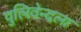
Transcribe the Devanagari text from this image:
पुलिवेन्दला